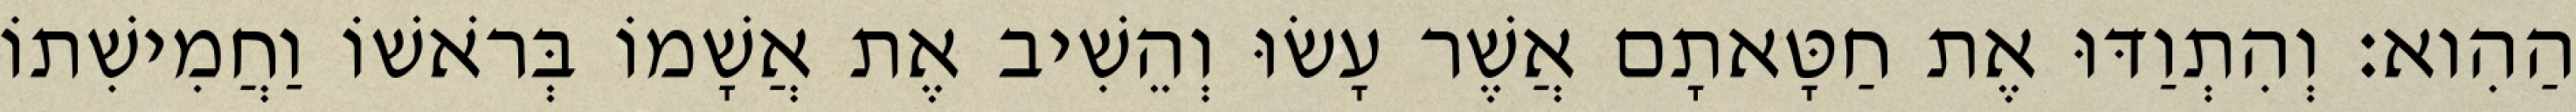
הַהִוא׃ וְהִתְוַדּוּ אֶת חַטָּאתָם אֲשֶׁר עָשׂוּ וְהֵשִׁיב אֶת אֲשָׁמוֹ בְּרֹאשׁוֹ וַחֲמִישִׁתוֹ